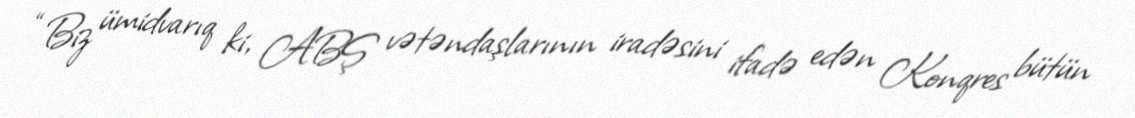
“Biz ümidvarıq ki, ABŞ vətəndaşlarının iradəsini ifadə edən Konqres bütün